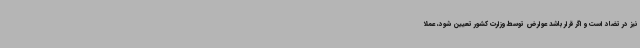
نیز در تضاد است و اگر قرار باشد عوارض توسط وزارت کشور تعیین شود، عملا